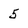
Character: 5